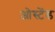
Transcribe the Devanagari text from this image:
ओस्टेंड